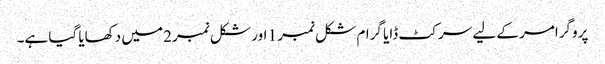
پروگرامر کے لیے سرکٹ ڈایا گرام شکل نمبر 1 اور شکل نمبر 2 میں دکھایا گیا ہے۔